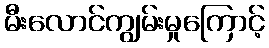
မီးလောင်ကျွမ်းမှုကြောင့်